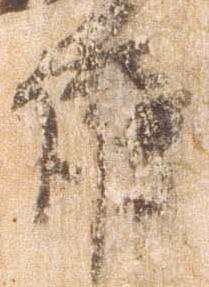
護